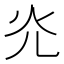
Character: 灮